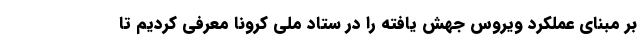
بر مبنای عملکرد ویروس جهش یافته را در ستاد ملی کرونا معرفی کردیم تا